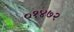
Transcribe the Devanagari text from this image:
०१४७२